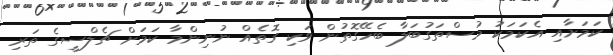
ކަމަށާއި އެކަމަކު މުސްތަގުބަލާ ބެހޭގޮތުން ވަކި ގޮތެއް ނުނިންމާ ކަމަށް ޗެލްސީގެ ތަރި